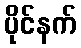
ပိုင်နက်